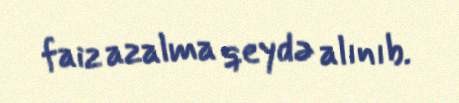
faiz azalma qeydə alınıb.